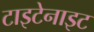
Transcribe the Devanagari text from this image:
टाइटेनाइट